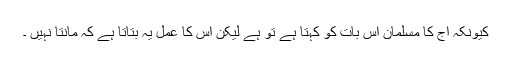
کیونکہ آج کا مسلمان اس بات کو کہتا ہے تو ہے لیکن اس کا عمل یہ بتاتا ہے کہ مانتا نہیں ۔